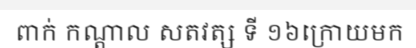
ពាក់ កណ្តាល សតវត្ស ទី ១៦ក្រោយមក